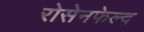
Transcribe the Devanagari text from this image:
रोसेनफेल्द